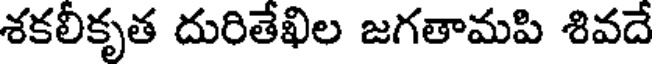
శకలీకృత దురితేఖిల జగతామపి శివదే